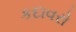
કદાવરો